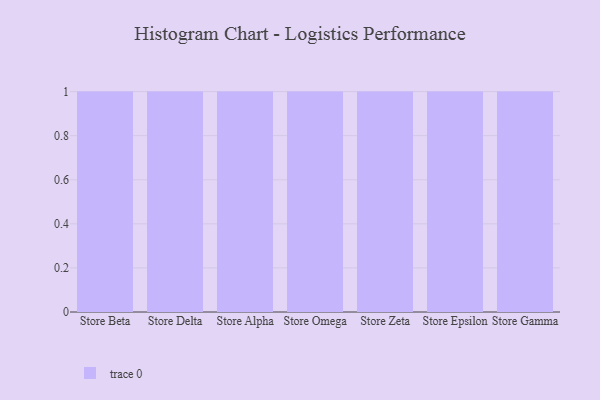
{"axis": {"x": "Store", "y": "Website Visitors"}, "legend": [""], "data": [{"x": "Store Beta", "y": 97, "type": ""}, {"x": "Store Delta", "y": 67, "type": ""}, {"x": "Store Alpha", "y": 4, "type": ""}, {"x": "Store Omega", "y": 56, "type": ""}, {"x": "Store Zeta", "y": 72, "type": ""}, {"x": "Store Epsilon", "y": 26, "type": ""}, {"x": "Store Gamma", "y": 43, "type": ""}]}